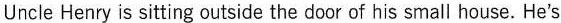
Uncle Henry is sitting outside the door of his small house. He's